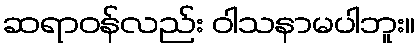
ဆရာဝန်လည်း ဝါသနာမပါဘူး။